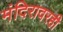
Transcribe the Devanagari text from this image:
मंदिरावरही